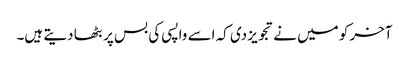
آخر کو میں نے تجویز دی کہ اسے واپسی کی بس پر بٹھا دیتے ہیں۔